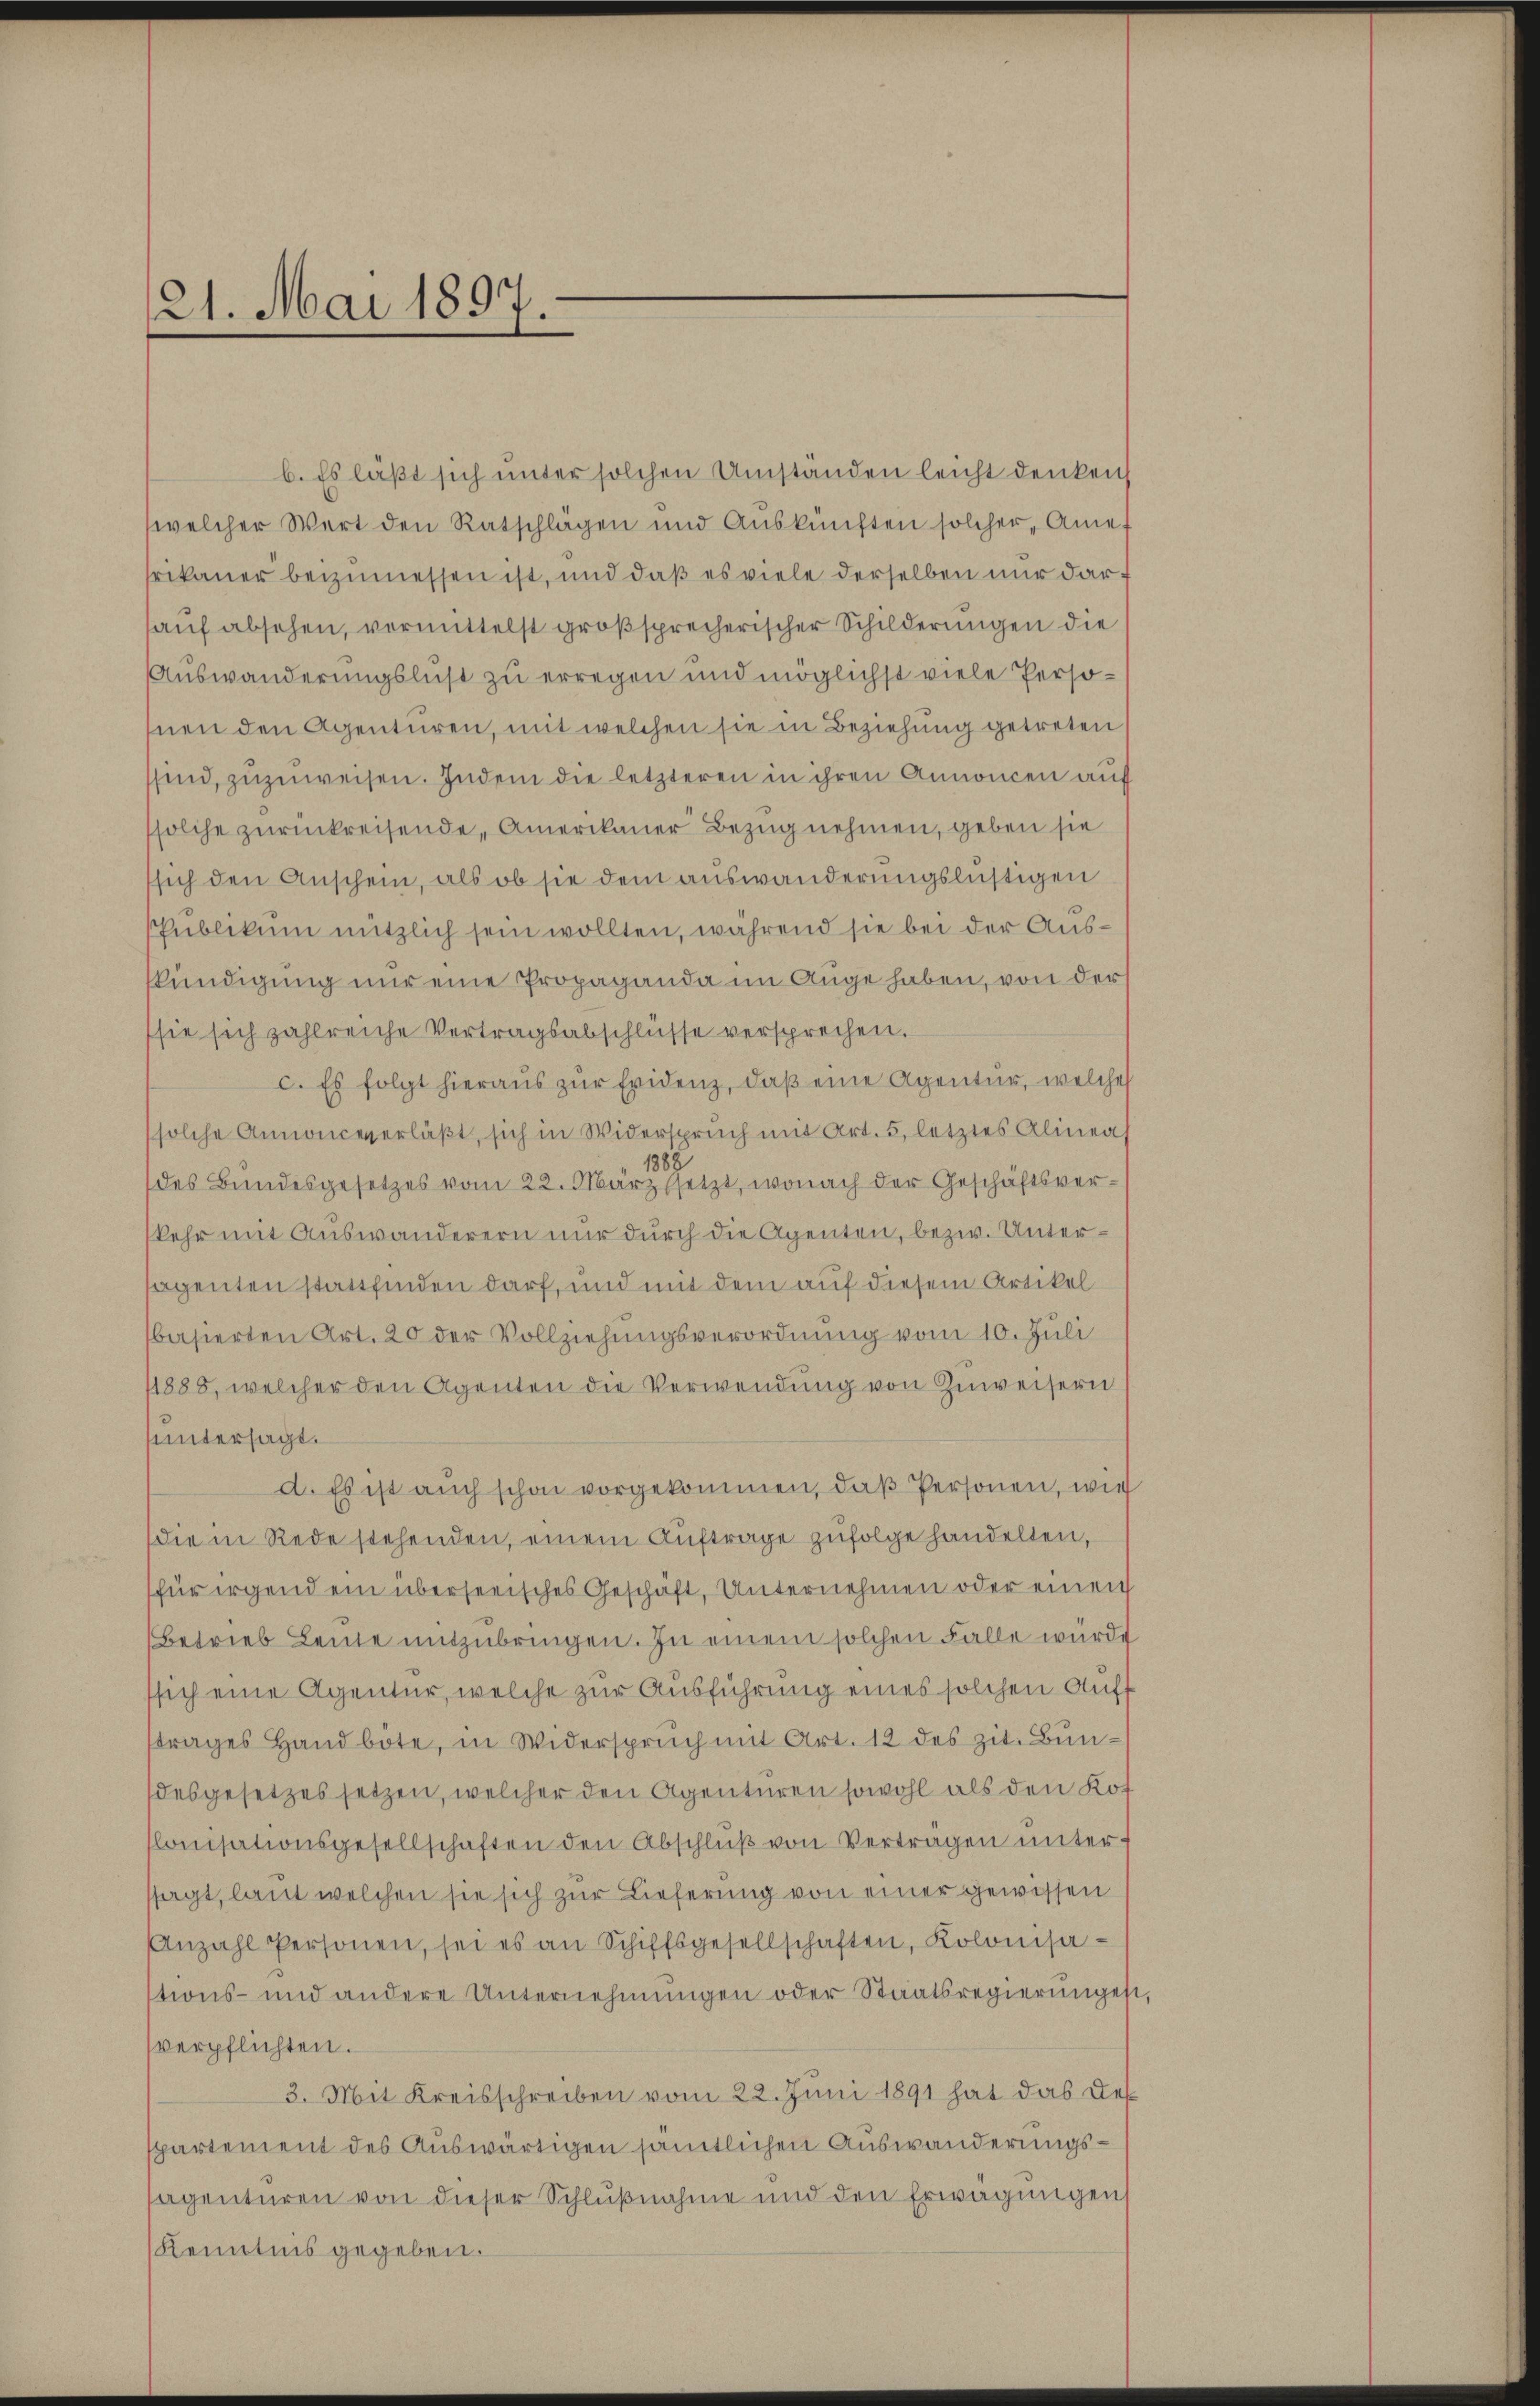
21. Mai 1897.

b. Es läßt sich unter solchen Umständen leicht denken
welcher Wert den Ratschlägen und Auskünften solcher, Anf
frikaner beizumessen ist, und daß es viele derselben nur darf
aŭf absehen, vermittelst groß sprecherischer Schilderungen die
Auswanderungslust zu erregen und möglichst viele Persosnen den Agenturen, mit welchen sie in Beziehung getreten
sind, zuzuweisen. Indem die letzteren in ihren Annoncen auf
solche zurückreisende, Amerikaner Bezug nehmen, geben sie
sich den Anschein, als ob sie dem auswanderungslustigen
Publikum nützlich sein wollten, während sie bei der Auskündigung nur eine Propaganda im Auge haben, von der
sie sich zahlreiche Vertragsabschlüsse versprechen.
c. Es folgt hieraŭs zŭr Evidenz, daβ eine Agentur, welches
solche Annonceverläßt, sich in Widerspruch mit Art. 5, letztes Alineas
388
des Bundesgesetzes vom 22. März setzt, wonach der Geschäftsver-
kehr mit Auswanderern nur durch die Agenten, bezw. Untersagenten stattfinden darf, und mit dem auf diesem Artikel
basierten Art. 20 der Vollziehungsverordnung vom 10. Juli
1888, welcher den Agenten die Verwendung von Zuweisern
untersagt.
d. Es ist auch schon vorgekommen, daß Personen, wie
die in Rede stehenden, einem Auftrage zufolge handelten,
für irgend ein überseeisches Geschaft, Unternehmen oder einen
(Betrieb Leute mitzubringen. In einem solchen Falle würde
sich eine Agentur, welche zur Ausführung eines solchen Aufs
strages Hand böte, in Widerspruch mit Art. 12 des zit. Bundesgesetzes setzen, welcher den Agenturen sowohl als den Kof
slonisationsgesellschaften den Abschlŭβ von Verträgen unterssagt, laut welchen sie sich zur Lieferung von einer gewissen
Anzahl Personen, sei es an Schiffsgesellschaften, Kolonisations- und andere Unternehmungen oder Staatsregierŭngen,
verpflichten.
3. Mit Kreisschreiben vom 22. Juni 1891 hat das Dep
spartement des Auswärtigen sämtlichen Auswanderungssagenturen von dieser Schlußnahme und den Erwägungen
Kenntnis gegeben.